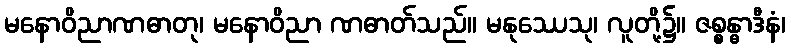
မနောဝိညာဏဓာတု၊ မနောဝိညာ ဏဓာတ်သည်။ မနုဿေသု၊ လူတို့၌။ ဇစ္စန္ဓာဒီနံ၊